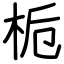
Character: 栀